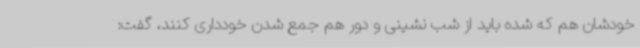
خودشان هم که شده باید از شب نشینی و دور هم جمع شدن خودداری کنند، گفت: